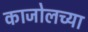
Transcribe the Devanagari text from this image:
काजोलच्या